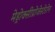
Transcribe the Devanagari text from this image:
मेड्रोक्सीप्रोजेस्टेरोन